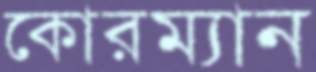
কোরম্যান